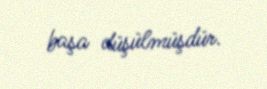
başa düşülmüşdür.